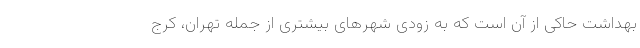
بهداشت حاکی از آن است که به زودی شهرهای بیشتری از جمله تهران، کرج